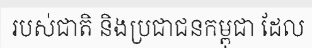
របស់ជាតិ និងប្រជាជនកម្ពុជា ដែល